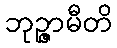
ဘုဉ္ဇာမီတိ